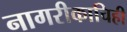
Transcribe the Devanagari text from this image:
नागरीकाचिही